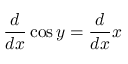
{ \frac { d } { d x } } \cos y = { \frac { d } { d x } } x